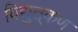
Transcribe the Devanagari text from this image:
विद्युत्‌कण